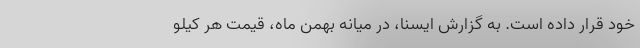
خود قرار داده است. به گزارش ایسنا، در میانه بهمن ماه، قیمت هر کیلو